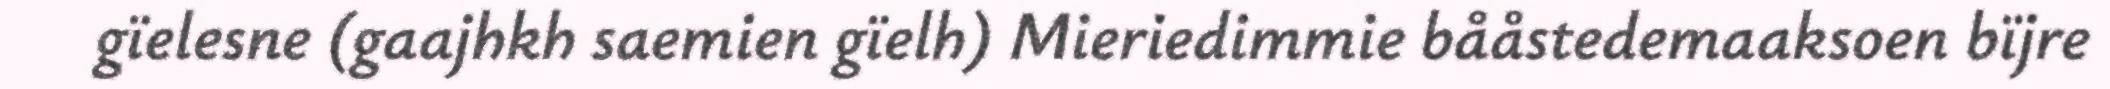
gïelesne (gaajhkh saemien gïelh) Mieriedimmie bååstedemaaksoen bïjre